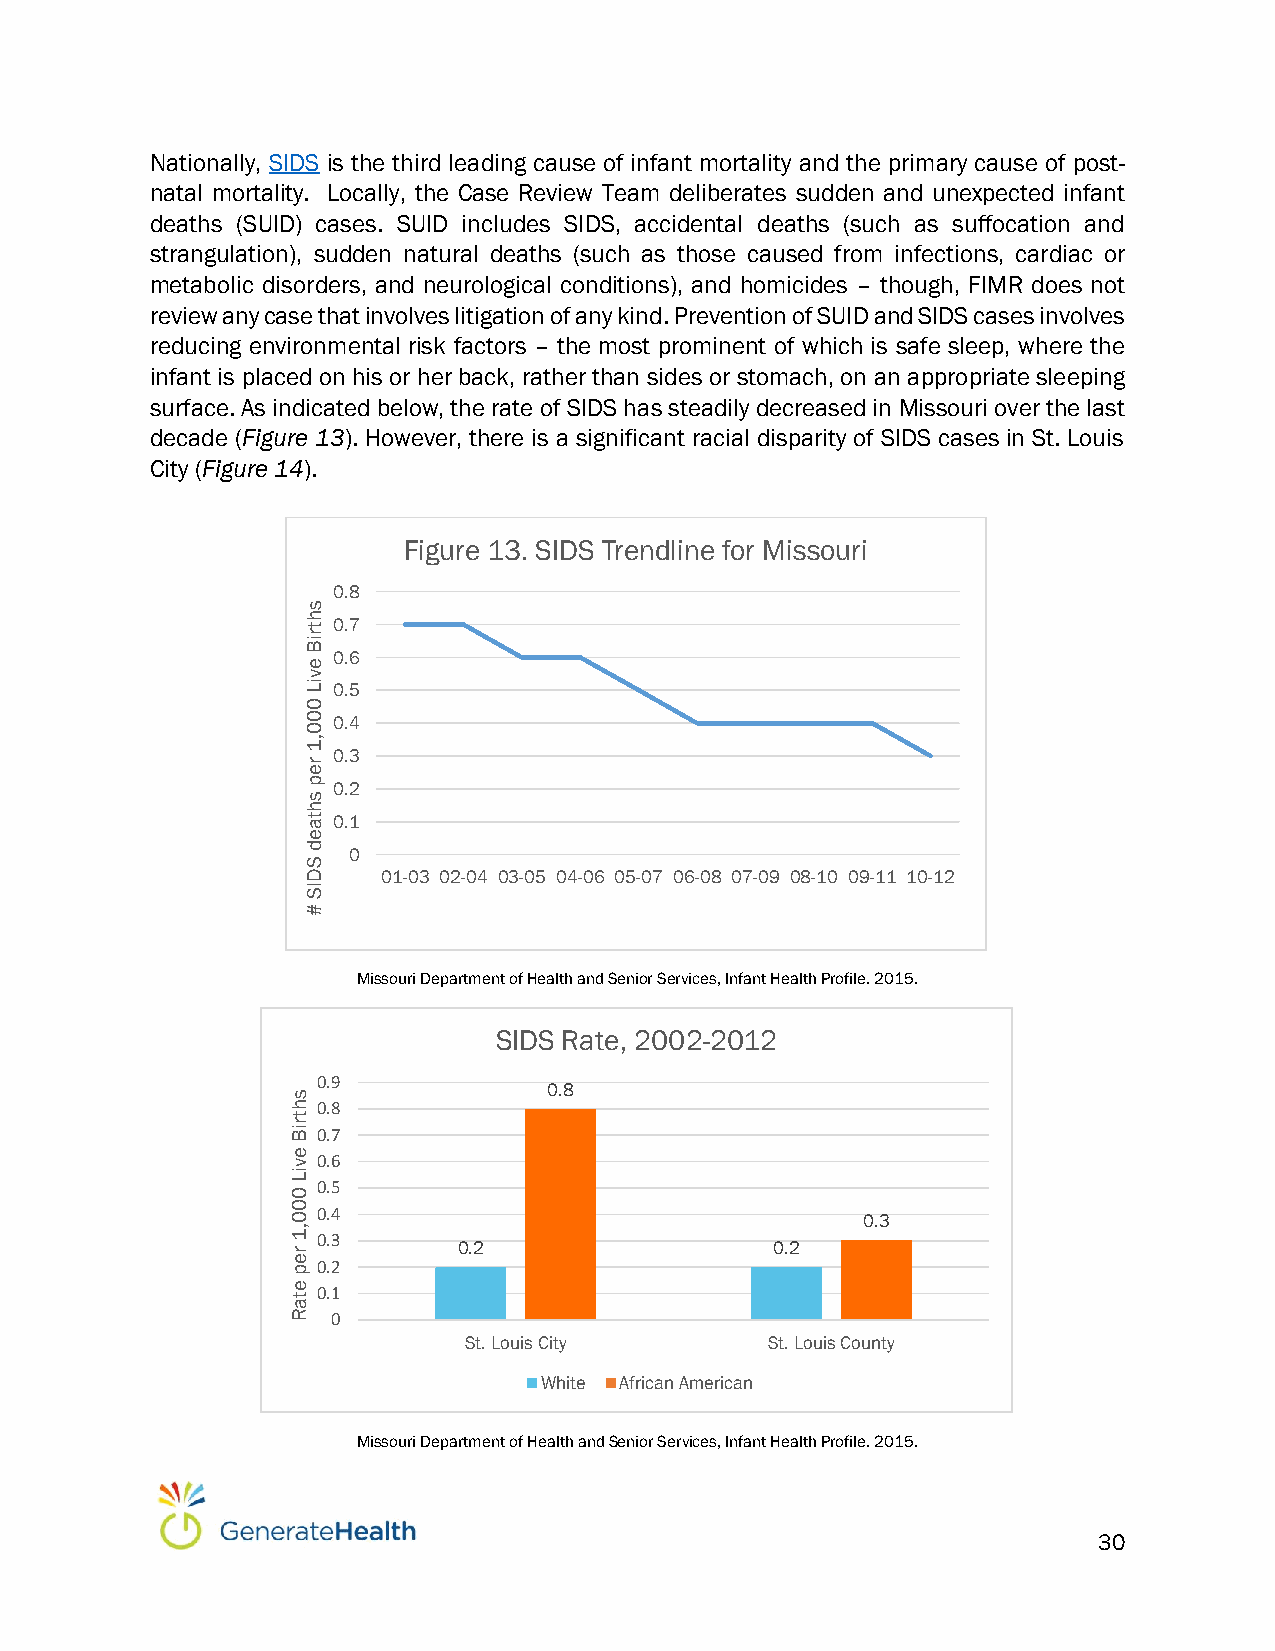
Nationally, SIDS is the third leading cause of infant mortality and the primary cause of post-
 natal mortality. Locally, the Case Review Team deliberates sudden and unexpected infant
 deaths (SUID) cases. SUID includes SIDS, accidental deaths (such as suffocation and
 strangulation), sudden natural deaths (such as those caused from infections, cardiac or
 metabolic disorders, and neurological conditions), and homicides – though, FIMR does not
 review any case that involves litigation of any kind. Prevention of SUID and SIDS cases involves
 reducing environmental risk factors – the most prominent of which is safe sleep, where the
 infant is placed on his or her back, rather than sides or stomach, on an appropriate sleeping
 surface. As indicated below, the rate of SIDS has steadily decreased in Missouri over the last
 decade (Figure 13). However, there is a significant racial disparity of SIDS cases in St. Louis
 City (Figure 14).
 Figure 13. SIDS Trendline for Missouri
 0.8
 s
 h t 0.7
 r
 iB
 e
 0.6
 v
 iL 0.5
 0
 0 0.4
 0
 ,1
 r
 0.3
 e
 p
 s
 0.2
 h
 t a 0.1
 e
 d
 S
 0
 D    01-03 02-04 03-05 04-06 05-07 06-08 07-09 08-10 09-11 10-12
 IS
 #
 Missouri Department of Health and Senior Services, Infant Health Profile. 2015.
 SIDS Rate, 2002-2012
 0.9
 0.8
 s
 h 0.8
 t
 r
 iB 0.7
 e
 v 0.6
 iL
 0
 0.5
 0
 0 0.4                                 0.3
 ,1
 0.3
 r
 0.2                  0.2
 e p 0.2
 e t 0.1
 a
 R  0
 St. Louis City      St. Louis County
 White African American
 Missouri Department of Health and Senior Services, Infant Health Profile. 2015.
 30